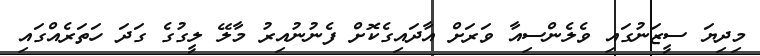
މިދިޔަ ސީޒަނުގައި ވެލެންސިއާ ވަރަށް އާދައިގެކޮށް ފެނުނުއިރު މާލޭ ލީގުގެ ގަދަ ހަތަރެއްގައި